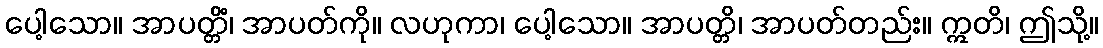
ပေါ့သော။ အာပတ္တိံ၊ အာပတ်ကို။ လဟုကာ၊ ပေါ့သော။ အာပတ္တိ၊ အာပတ်တည်း။ ဣတိ၊ ဤသို့။